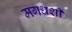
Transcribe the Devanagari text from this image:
मगधशी